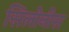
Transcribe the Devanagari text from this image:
सिलोनीस